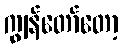
ကျွန်တော်တော့